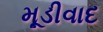
મૂડીવાદ